Subject: stat
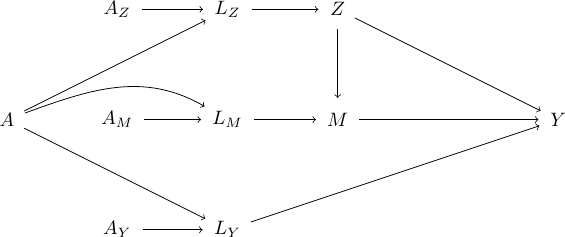
LaTeX code:
    \scalebox{0.7}{\begin{tikzpicture}
        \node[circle, name=a] at (0,0) {$A$};
        \node[circle, name=az] at (2,2) {$A_Z$};
        \node[circle, name=am] at (2,0) {$A_M$};
        \node[circle, name=ay] at (2,-2) {$A_Y$};
        \node[circle, name=lz] at (4,2) {$L_Z$};
        \node[circle, name=lm] at (4,0) {$L_M$};
        \node[circle, name=ly] at (4,-2) {$L_Y$};

    \node[circle, name=z] at (6,2) {$Z$};

    \node[circle, name=m] at (6,0) {$M$};

    \node[circle, name=y] at (10,0) {$Y$};

    \draw[->](az) to (lz);
    \draw[->](am) to (lm);
    \draw[->](ay) to (ly);

    \draw[->](lz) to (z);
    \draw[->](lm) to (m);
    \draw[->](ly) to (y);

    \draw[->](z) to (m);
    \draw[->](z) to (y);

    \draw[->](m) to (y);
    \draw[->](a) to (lz);
    \draw[->](a) to[out=20,in=150] (lm);
    \draw[->](a) to  (ly);

    \end{tikzpicture}}